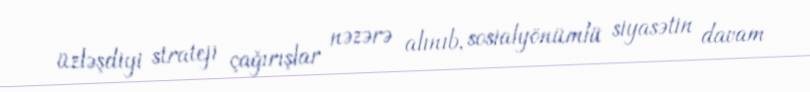
üzləşdiyi strateji çağırışlar nəzərə alınıb, sosialyönümlü siyasətin davam